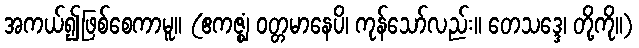
အကယ်၍ဖြစ်စေကာမူ။ (ဧကဇ္ဈံ ဝတ္တမာနေပိ၊ ကုန်သော်လည်း။ တေသဒ္ဒေ၊ တို့ကို။)